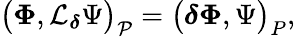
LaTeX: \big(\boldsymbol{\Phi},\mathcal{L}_{\boldsymbol{\delta}}\Psi\big)_{\mathcal{P}}=\big(\boldsymbol{\delta}\boldsymbol{\Phi},\Psi\big)_{P},